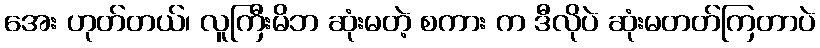
အေး ဟုတ်တယ်၊ လူကြီးမိဘ ဆုံးမတဲ့ စကား က ဒီလိုပဲ ဆုံးမတတ်ကြတာပဲ